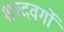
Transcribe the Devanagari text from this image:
शब्दवर्गों